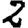
Digit: 2